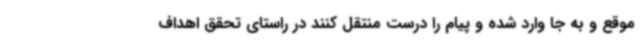
موقع و به جا وارد شده و پیام را درست منتقل کنند در راستای تحقق اهداف